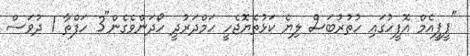
"ޕީޕީއެމް އޮފީހުގައި ހުތުރުބަސް ލިޔެ ކަޅުތެޔޮޖެހީ ހަމްދަރުދީ ހޯދަންވެގެން"3 ހަފްތާ 1 ދުވަސް